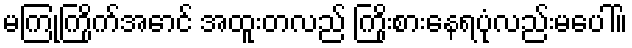
မကြုံကြိုက်အောင် အထူးတလည် ကြိုးစားနေရပုံလည်းမပေါ်။